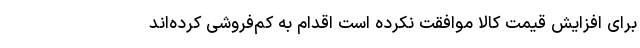
برای افزایش قیمت کالا موافقت نکرده است اقدام به کم‌فروشی کرده‌اند